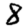
Digit: 8